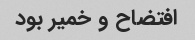
افتضاح و خمیر بود